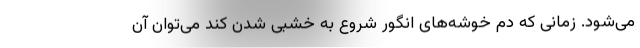
می‌شود. زمانی که دم خوشه‌های انگور شروع به خشبی شدن کند می‌توان آن